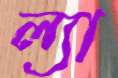
ল্যা